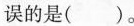
误的是（ ）。